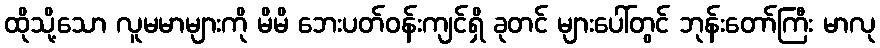
ထိုသို့သော လူမမာများကို မိမိ ဘေးပတ်ဝန်းကျင်ရှိ ခုတင် များပေါ်တွင် ဘုန်းတော်ကြီး မာလု